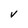
Character: V